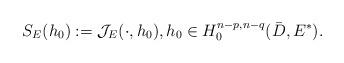
LaTeX: \begin{align*}S_E(h_0):=\mathcal J_E(\cdot, h_0),h_0\in H_0^{n-p,n-q}(\bar{D},E^*).\end{align*}